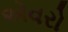
એવરો